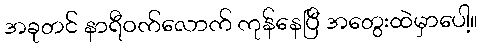
အခုတင် နာရီဝက်လောက် ကုန်နေပြီ အတွေးထဲမှာပေါ့။